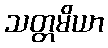
သတ္တမိယာ